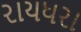
રાયધરા